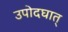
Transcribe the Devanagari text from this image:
उपोदघात्‌